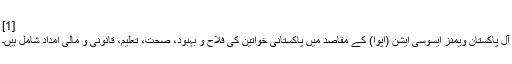
[1]
آل پاکستان ویمنز ایسوسی ایشن (اپوا) کے مقاصد میں پاکستانی خواتین کی فلاح و بہبود، صحت، تعلیم، قانونی و مالی امداد شامل ہیں۔